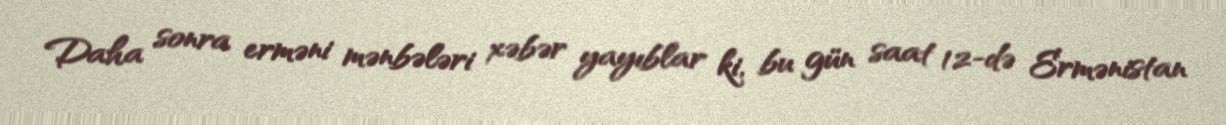
Daha sonra erməni mənbələri xəbər yayıblar ki, bu gün saat 12-də Ermənistan